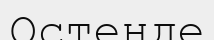
Остенде